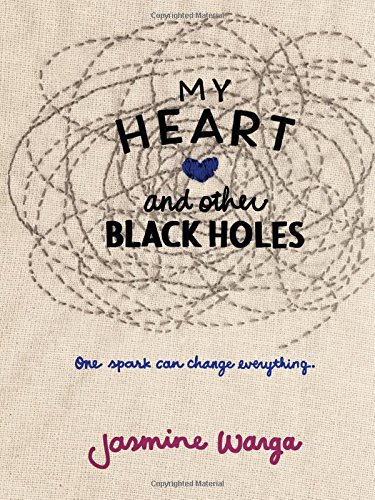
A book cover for My Heart and Other Black Holes; Jasmine Warga; Teen & Young Adult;